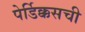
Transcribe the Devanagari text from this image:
पेर्डिक्कसची